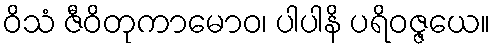
ဝိသံ ဇီဝိတုကာမောဝ၊ ပါပါနိ ပရိဝဇ္ဇယေ။